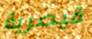
قيصرية